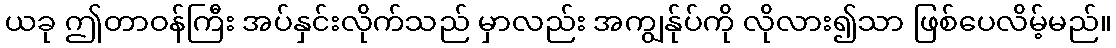
ယခု ဤတာဝန်ကြီး အပ်နှင်းလိုက်သည် မှာလည်း အကျွန်ုပ်ကို လိုလား၍သာ ဖြစ်ပေလိမ့်မည်။